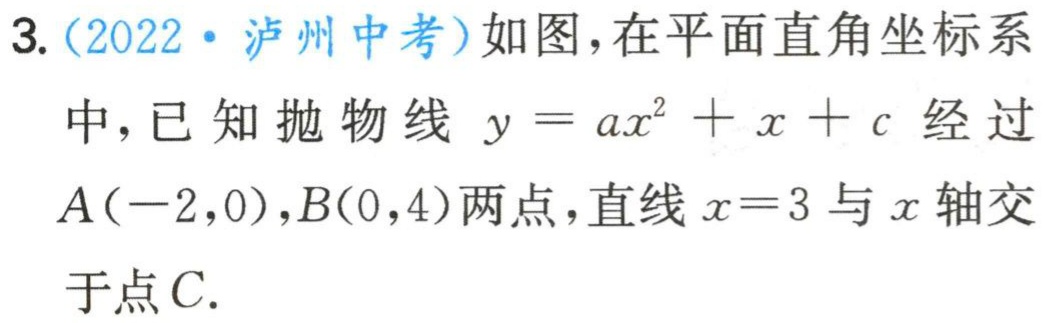
3. (2022·泸州中考)如图，在平面直角坐标系
中，已知抛物线$y = ax^{2}+x + c$经过
$A(-2,0),B(0,4)$两点，直线$x = 3$与$x$轴交
于点$C.$